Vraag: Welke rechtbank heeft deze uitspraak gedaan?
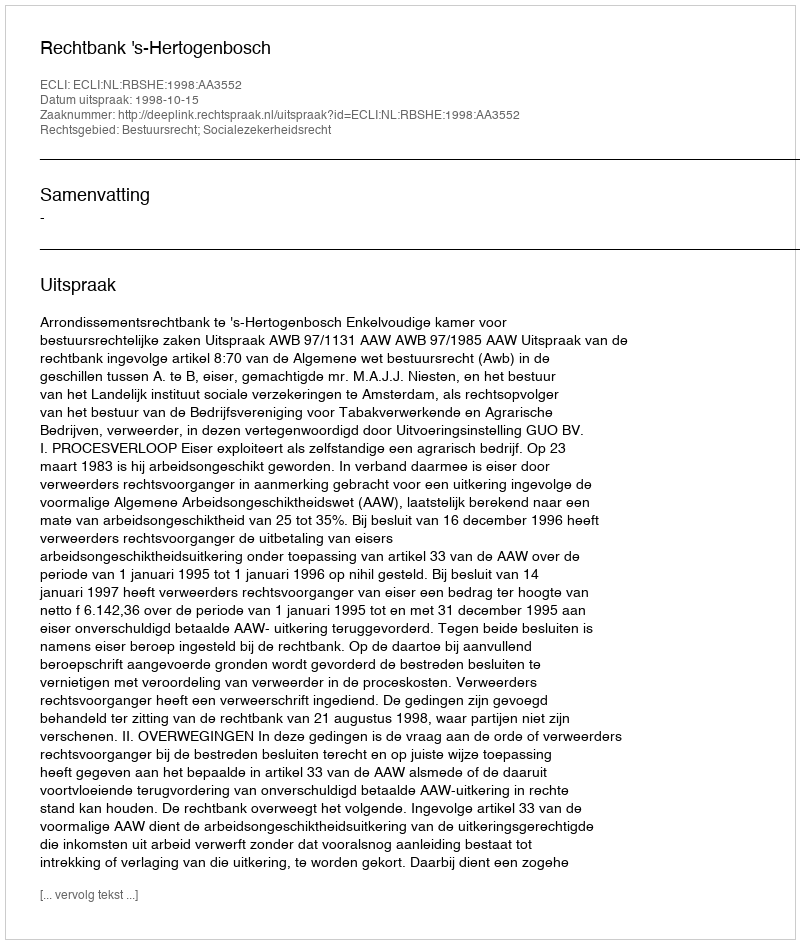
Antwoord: Rechtbank 's-Hertogenbosch